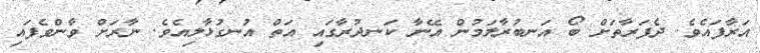
އަރާފައެވެ. ދެފަރާތަށް ބޯ އަނބުރާލަމުން އޭނާ ކަނދުރާގައި އަތް އުނގުޅާލިއެވެ. ނާރަށް ވާންވެފައި